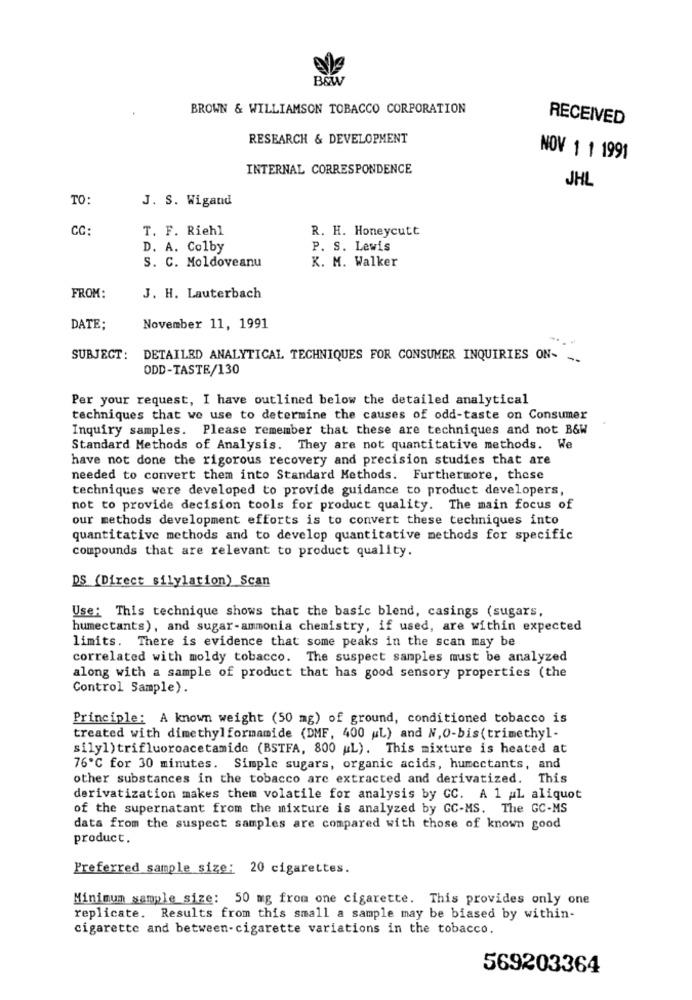
B&W
BROWN & WILLIAMSON TOBACCO CORPORATION
RECEIVED
RESEARCH & DEVELOPMENT
NOV 1 1 1991
INTERNAL CORRESPONDENCE
JHL
TO:
J. S. Wigand
CC:
T. F. Riehl
R. H. Honeycutt
D. A. Colby
P. S. Lewis
S. C. Moldoveanu
K. M. Walker
FROM:
J. H. Lauterbach
DATE:
November 11, 1991
SUBJECT:
DETAILED ANALYTICAL TECHNIQUES FOR CONSUMER INQUIRIES ON- --
ODD-TASTE/130
Per your request, I have outlined below the detailed analytical
techniques that we use to determine the causes of odd-taste on Consumer
Inquiry samples. Please remember that these are techniques and not B&W
Standard Methods of Analysis. They are not quantitative methods. We
have not done the rigorous recovery and precision studies that are
needed to convert them into Standard Methods. Furthermore, these
techniques were developed to provide guidance to product developers,
not to provide decision tools for product quality. The main focus of
our methods development efforts is to convert these techniques into
quantitative methods and to develop quantitative methods for specific
compounds that are relevant to product quality.
DS (Direct silylation) Scan
Use: This technique shows that the basic blend, casings (sugars.
humectants), and sugar-ammonia chemistry, if used, are within expected
limits. There is evidence that some peaks in the scan may be
correlated with moldy tobacco. The suspect samples must be analyzed
along with a sample of product that has good sensory properties (the
Control Sample).
Principle: A known weight (50 mg) of ground, conditioned tobacco is
treated with dimethylformamide (DMF, 400 "L) and N, O-bis(trimethyl-
silyl) trifluoroacetamide (BSTFA, 800 L). This mixture is heated at
76℃ for 30 minutes. Simple sugars, organic acids, humectants, and
other substances in the tobacco are extracted and derivatized. This
derivatization makes them volatile for analysis by CC. A 1 AL aliquot
of the supernatant from the mixture is analyzed by GC-MS. The GC-MS
data from the suspect samples are compared with those of known good
product.
Preferred sample size: 20 cigarettes.
Minimum sample size: 50 mg from one cigarette. This provides only one
replicate. Results from this small a sample may be biased by within-
cigarette and between-cigarette variations in the tobacco.
569203364